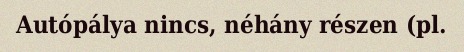
Autópálya nincs, néhány részen (pl.